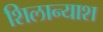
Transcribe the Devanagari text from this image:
शिलान्याश